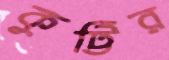
কুট্টির